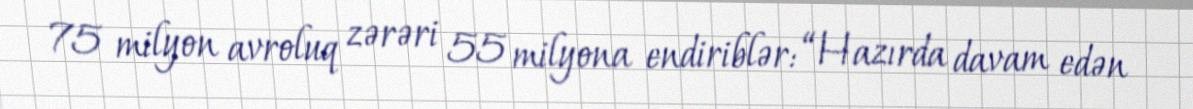
75 milyon avroluq zərəri 55 milyona endiriblər: “Hazırda davam edən